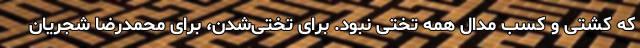
که کشتی و کسب مدال همه تختی نبود. برای تختی‌شدن، برای محمدرضا شجریان